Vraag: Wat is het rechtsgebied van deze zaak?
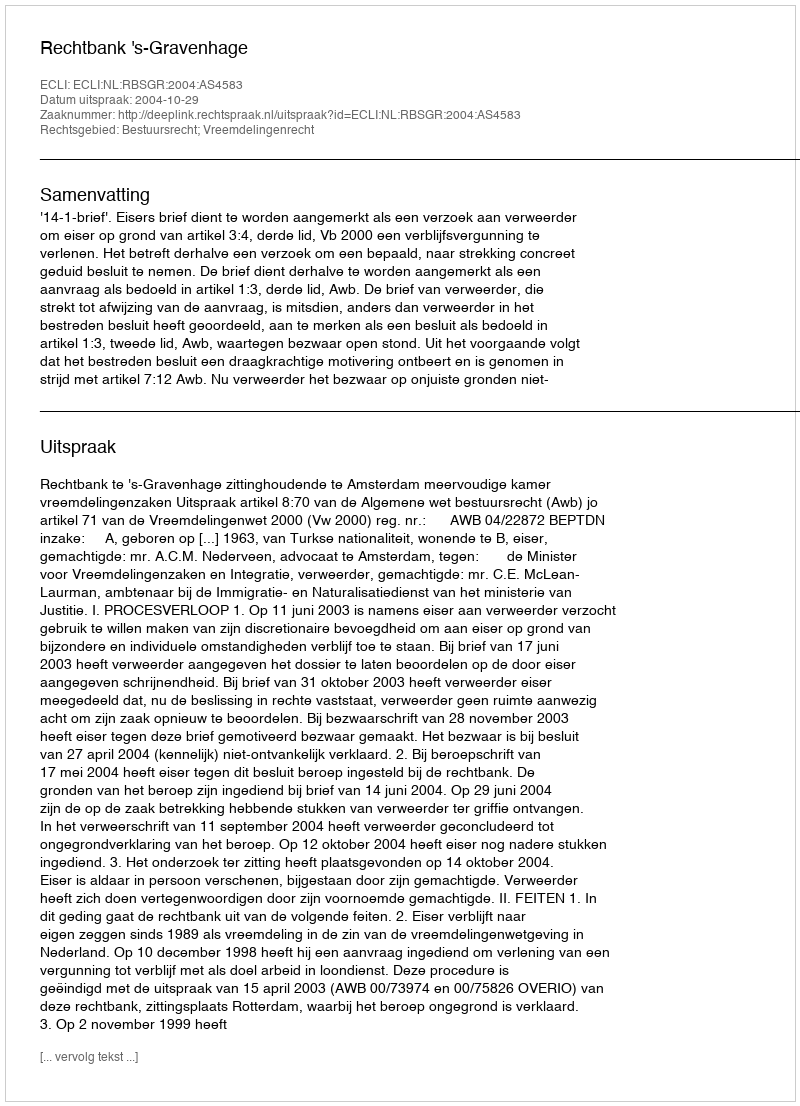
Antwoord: Bestuursrecht; Vreemdelingenrecht